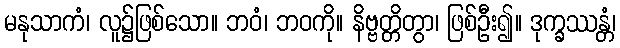
မနုသာကံ၊ လူ၌ဖြစ်သော။ ဘဝံ၊ ဘဝကို။ နိဗ္ဗတ္တိတွာ၊ ဖြစ်ဦး၍။ ဒုက္ခဿန္တံ၊